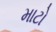
માટો